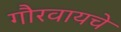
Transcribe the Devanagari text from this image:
गौरवायचे